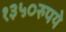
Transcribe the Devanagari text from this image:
१३५०रुपये